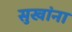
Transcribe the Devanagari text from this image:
सुखांना